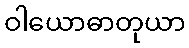
ဝါယောဓာတုယာ